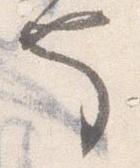
也